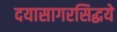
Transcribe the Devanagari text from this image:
दयासागरसिद्धये